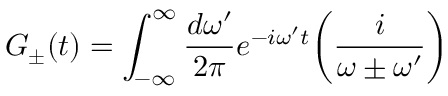
G _ { \pm } ( t ) = \int _ { - \infty } ^ { \infty } { \frac { d \omega ^ { \prime } } { 2 \pi } } e ^ { - i \omega ^ { \prime } t } \biggl ( { \frac { i } { \omega \pm \omega ^ { \prime } } } \biggr )